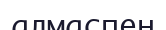
алмаспен